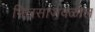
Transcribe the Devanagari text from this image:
भिलसाजवळील